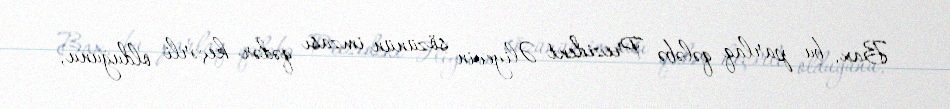
Bax, bu parlaq qələbə Prezident Əliyevin sözünün imzası qədər keçərli olduğunu,